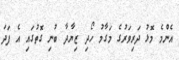
އެންމެ މޮޅު ދަރިވަރުގެ މަގާމު ހޯދި ޒިޔާދާ ބުނި ގޮތުގައި އެ ފަދަ